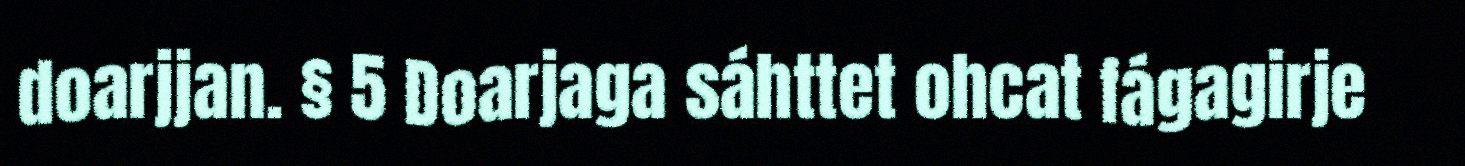
doarjjan. § 5 Doarjaga sáhttet ohcat fágagirje